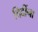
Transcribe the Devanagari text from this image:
दिदींना